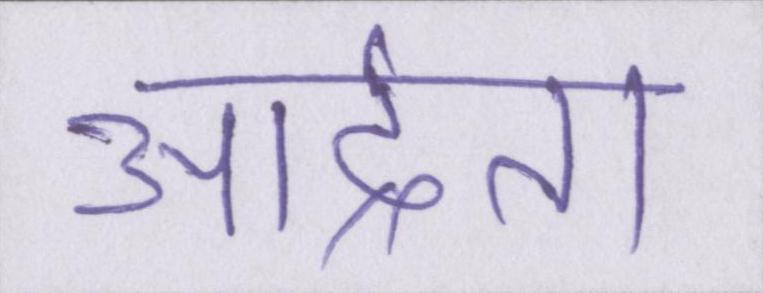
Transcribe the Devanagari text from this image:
आर्द्रता